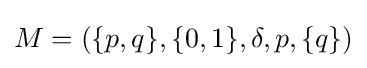
M=(\{p,q\},\{0,1\},\delta ,p,\{q\})